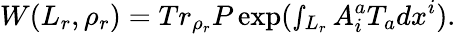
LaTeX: W(L_{r},\rho_{r})=Tr_{\rho_{r}}P\exp(\smallint_{L_{r}}A_{i}^{a}T_{a}dx^{i}).